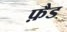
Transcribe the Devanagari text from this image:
फ़ैड